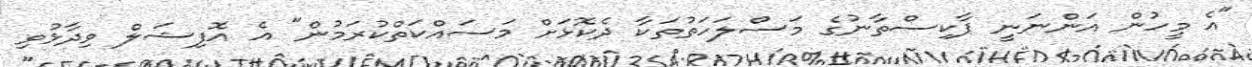
"އެ މީހުން އަންނަނީ ޕާކިސްތާނުގެ މަސްލަހަތުތަކާ ދެކޮޅަށް މަސައްކަތްކުރަމުން" އެ އޮފިޝަލް ވިދާޅުވި